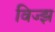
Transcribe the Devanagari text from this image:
विज्झ